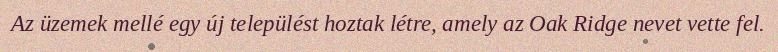
Az üzemek mellé egy új települést hoztak létre, amely az Oak Ridge nevet vette fel.